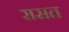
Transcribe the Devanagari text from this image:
रासत